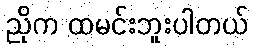
ညိုက ထမင်းဘူးပါတယ်